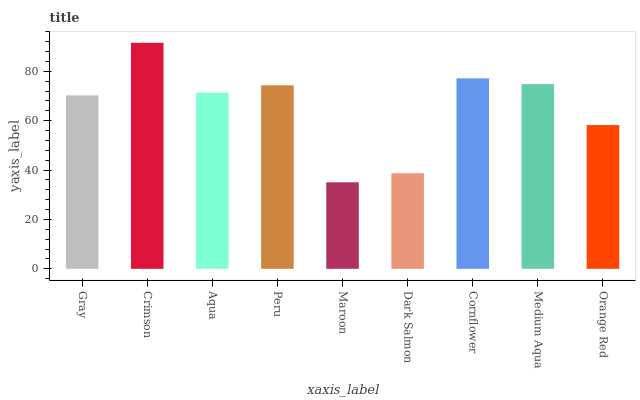
| xaxis_label | bars |
 | --- | --- |
 | Gray | 70.2 |
 | Crimson | 91.5 |
 | Aqua | 71.3 |
 | Peru | 74.3 |
 | Maroon | 35 |
 | Dark Salmon | 38.7 |
 | Cornflower | 77.1 |
 | Medium Aqua | 74.8 |
 | Orange Red | 58.2 |